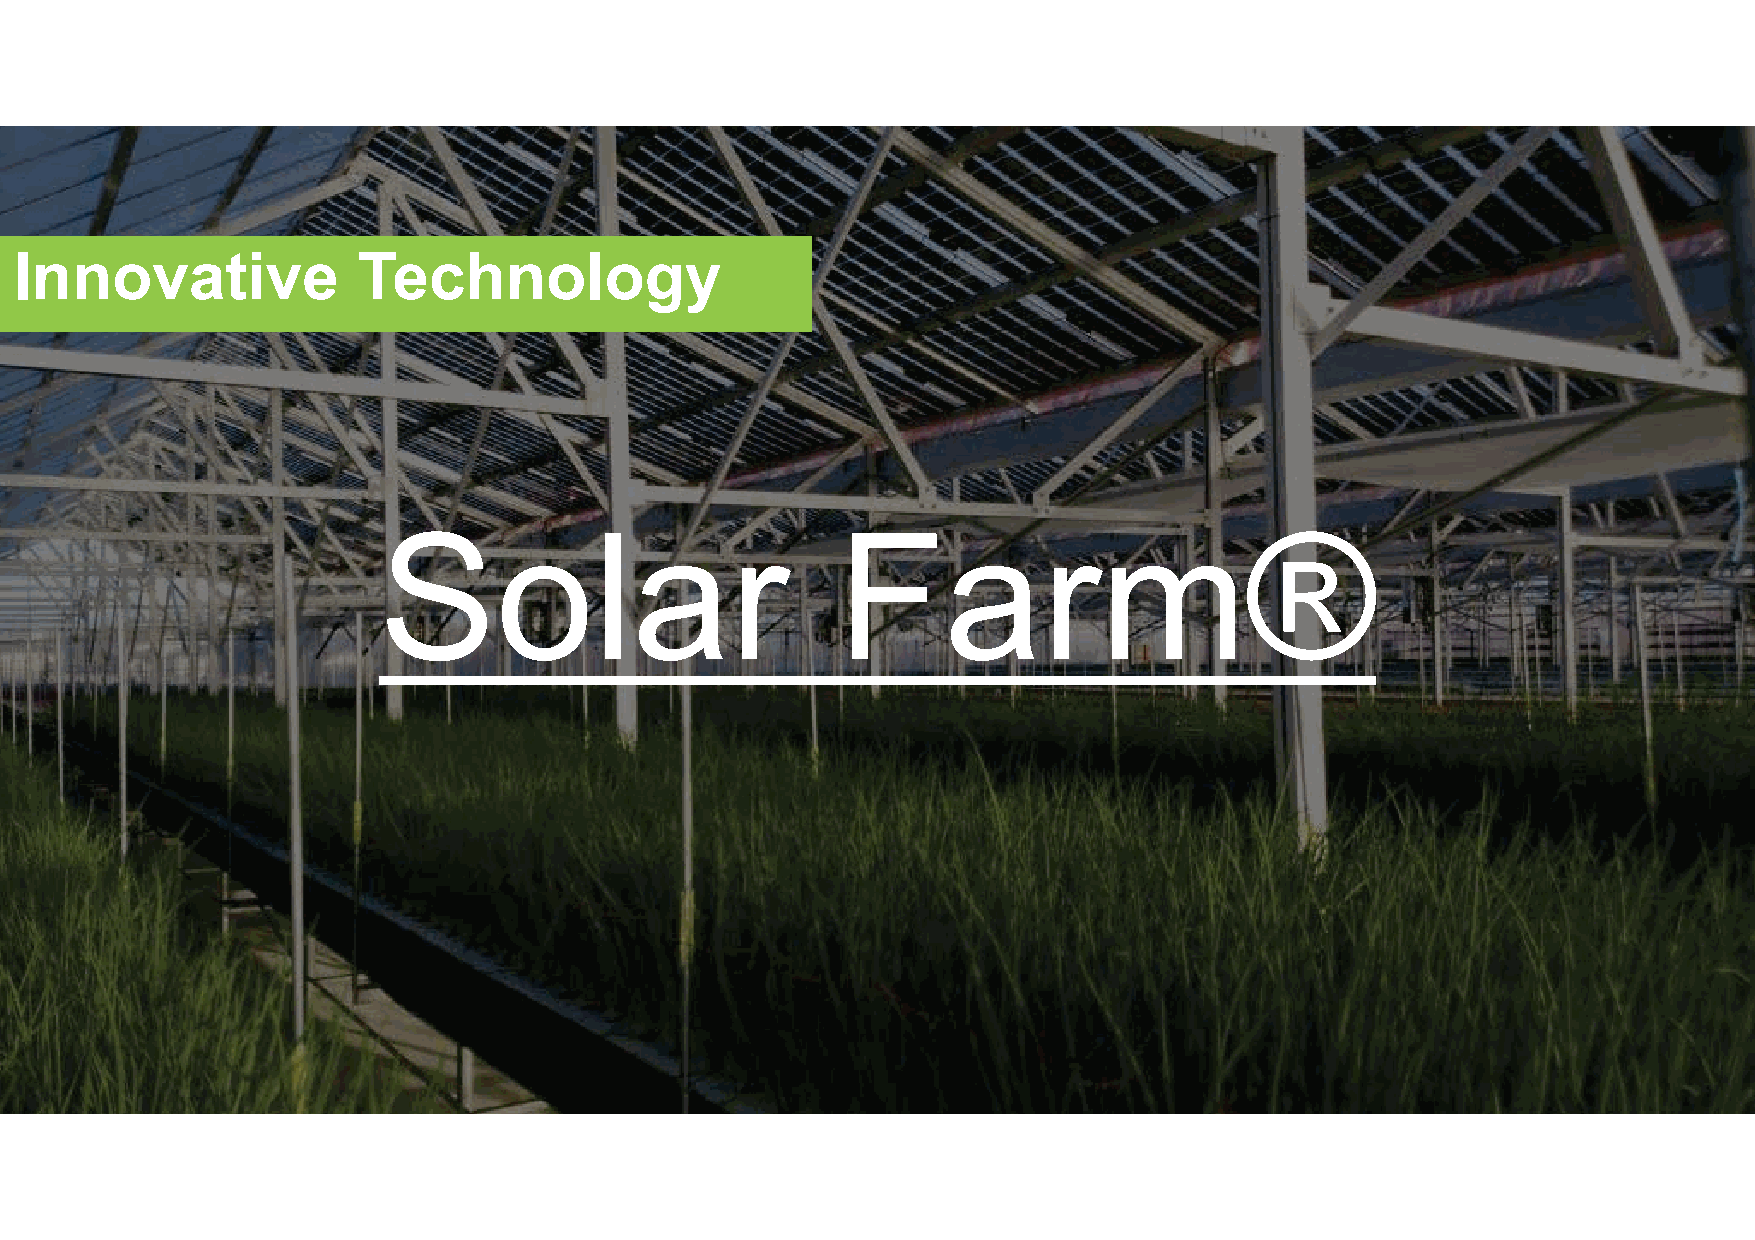
Innovative             Technology
 Solar                         Farm®